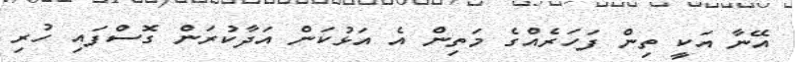
އޭނާ އަކީ ތިން ފަހަރެއްގެ މަތިން އެ އަޅުކަން އަދާކުރަން ގޮސްފައި ހުރި